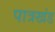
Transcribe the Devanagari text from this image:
पात्रखंड